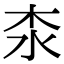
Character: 𣏶